Studies on the mouth parts a Comparative anatomy of the proboscis in the blood-sucking muscidae - Number 60
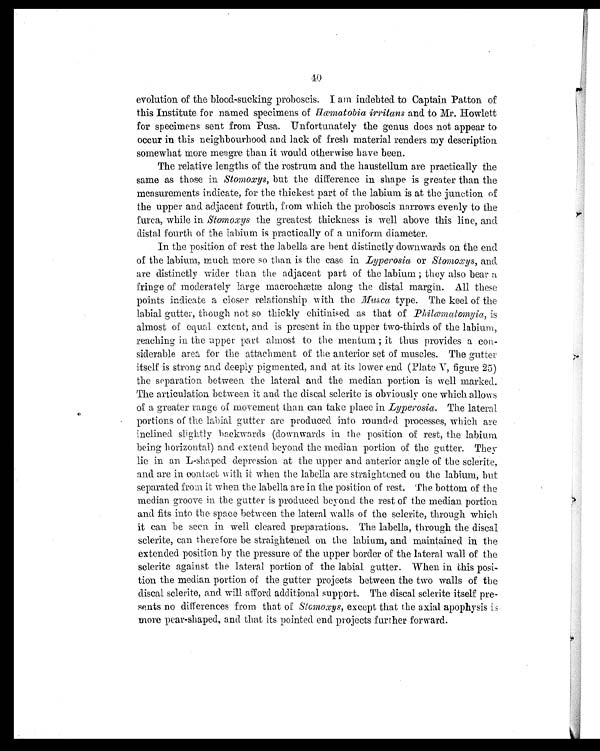
40
evolution of the blood-sucking proboscis. I am indebted to Captain Patton of
this Institute for named specimens of Hæ matobia irritans and. to Mr. Howlett
for specimens sent from Pusa. Unfortunately the genus does not appear to
occur in this neighbourhood and lack of fresh material renders my description
somewhat more meagre than it would otherwise have been.
The relative lengths of the rostrum and the haustellum are practically the
same as those in Stomoxys, but the difference in shape is greater than the
measurements indicate, for the thickest part of the labium is at the junction of
the upper and adjacent fourth, from which the proboscis narrows evenly to the
furca, while in Stomoxys the greatest thickness is well above this line, and
distal fourth of the labium is practically of a uniform diameter.
In the position of rest the labella are bent distinctly downwards on the end
of the labium, much more so than is the case in Lyperosia or Stomoxys, and
are distinctly wider than the adjacent part of the labium; they also bear a
fringe of moderately large macrochætæ along the distal margin. All these
points indicate a closer relationship with the Musca type. The keel of the
labial gutter, though not so thickly chitinised as that of Philæmatomyia, is
almost of equal extent, and is present in the upper two-thirds of the labium,
reaching in the upper part almost to the mentum; it thus provides a con-
siderable area for the attachment of the anterior set of muscles. The gutter
itself is strong and deeply pigmented, and at its lower end (Plate V, figure 25)
the separation between the lateral and the median portion is well marked.
The articulation between it and the discal sclerite is obviously one which allows
of a greater range of movement than can take place in Lyperosia . The lateral
portions of the labial gutter are produced into rounded processes, which are
inclined slightly backwards (downwards in the position of rest, the labium
being horizontal) and extend beyond the median portion of the gutter. They
lie in an L-shaped depression at the upper and anterior angle of the sclerite,
and are in contact with it when the labella are straightened on the labium, but
separated from it when the labella are in the position of rest. The bottom of the
median groove in the gutter is produced beyond the rest of the median portion
and fits into the space between the lateral walls of the sclerite, through which
it can be seen in well cleared preparations. The labella, through the discal
sclerite, can therefore be straightened on the labium, and maintained in the
extended position by the pressure of the upper border of the lateral wall of the
sclerite against the lateral portion of the labial gutter. When in this posi-
tion the median portion of the gutter projects between the two walls of the
discal sclerite, and. will afford additional support. The discal sclerite itself pre-
sents no differences from that of Stomoxys , except that the axial apophysis is
more pear-shaped, and that its pointed end projects further forward.